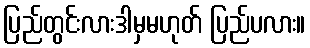
ပြည်တွင်းလားဒါမှမဟုတ် ပြည်ပလား။